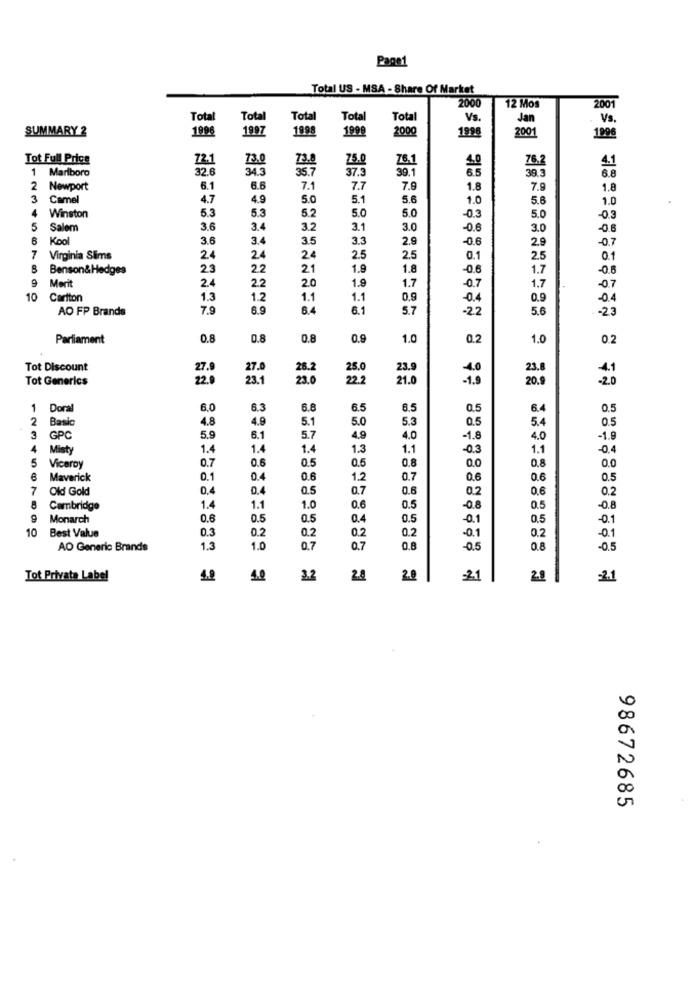
Page1
Total US - MSA - Share Of Market
2000
12 Mos
2001
Total
Total
Total
Total
Total
Vs.
Jan
Vs .
SUMMARY 2
1996
1997
1998
1990
2000
1998
2001
1996
Tot Full Price
72.1
73.0
73.8
75.0
Z6.1
1 Marlboro
32.6
34.3
35.7
37.3
30.1
Newport
6.1
6.6
7.1
7.7
7.9
1.8
7.9
1.8
3 Camel
4.7
4.9
5.0
5.1
5.6
1.0
5.6
1.0
5.3
5.3
5.0
5.0
Winston
5.2
-0.3
5.0
-0.3
5
Salem
3.6
3.4
3.2
3.1
3.0
-0.6
3.0
-0.8
6
Kool
3.6
3.4
3.5
3.3
2.9
-0.6
2.9
-0.7
7
Virginia Sims
24
24
24
2.5
2.5
0.1
2.5
0.1
Benson&Hedges
23
22
21
1.9
1.8
-0.6
1.7
-0.8
9
Merit
2.4
2.0
1.9
1.7
2.2
-0.7
1.7
-0.7
10
Cartton
1.3
1.2
1.1
1.1
0.9
-0.4
0.9
-0.4
AO FP Brands
7.9
6.9
6.4
6.1
5.7
-22
5.6
-23
Parliament
0.8
0.8
0.8
0.9
1.0
0.2
1.0
0.2
Tot Discount
27.
27.
26.2
25.0
23.9
-4.0
23.8
Tot Generics
23.1
23.0
22.2
21.0
-1.9
20.9
1
Doral
6,0
6.3
6.8
6.5
6.5
0.5
6.4
0.5
2
Basic
4.8
4.9
5.1
5.0
5.3
0.5
5.4
0.5
3
GPC
5.9
6.1
5.7
4.9
4.0
-1.8
4.0
-1.9
4
Misty
1.4
1.
1.4
1.3
1.1
-0.3
1.1
-0.4
5
0.6
0.5
0.5
0.8
0.0
0.8
Viceroy
0.7
0.0
6
Maverick
0.1
0.4
0.6
1.2
0.7
0.6
0.6
0.5
Old Gold
0,4
0.4
0.7
0.6
0.2
0.6
0.2
Cambridge
1.4
1.1
1.0
0.6
0.5
-0.8
0.5
-0.8
9
Monarch
0.6
0.5
0.5
0.4
0.5
-0.1
0.5
-0.1
10
Best Value
0.3
0.2
0.2
0.2
0.2
-0.1
0.2
-0.1
AO Generic Brands
1.3
1.0
0.7
0.7
0.8
-0.5
0.8
-0.5
Tot Private Label
4.0
40
3.2
2.4
2.0
21
2.8
=2.1
98672685